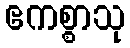
ဧကစ္စာသု